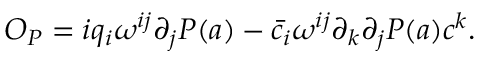
{ \cal O } _ { P } = i q _ { i } \omega ^ { i j } \partial _ { j } P ( a ) - \bar { c } _ { i } \omega ^ { i j } \partial _ { k } \partial _ { j } P ( a ) c ^ { k } .